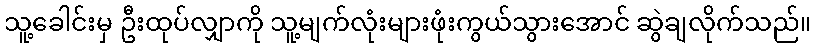
သူ့ခေါင်းမှ ဦးထုပ်လျှာကို သူ့မျက်လုံးများဖုံးကွယ်သွားအောင် ဆွဲချလိုက်သည်။